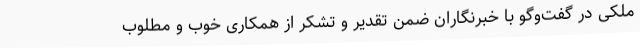
ملکی در گفت‌وگو با خبرنگاران ضمن تقدیر و تشکر از همکاری خوب و مطلوب